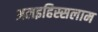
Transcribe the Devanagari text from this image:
अलइहिस्सलाम